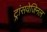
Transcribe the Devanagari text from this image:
ट्रांसवेजिनल